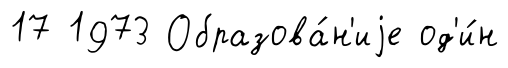
17 1973 Образова́н'иjе од'и́н